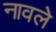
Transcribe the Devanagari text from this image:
नावले